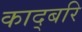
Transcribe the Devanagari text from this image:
काद्बरि